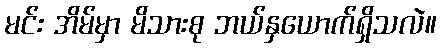
မင်း အိမ်မှာ မိသားစု ဘယ်နှယောက်ရှိသလဲ။